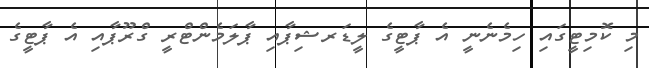
މި ކޮމިޓީގައި ހިމެނެނީ އެ ޕާޓީގެ ލީޑަރޝިޕާއި ޕާލަމެންޓްރީ ގްރޫޕާއި އެ ޕާޓީގެ